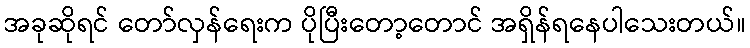
အခုဆိုရင် တော်လှန်ရေးက ပိုပြီးတော့တောင် အရှိန်ရနေပါသေးတယ်။